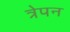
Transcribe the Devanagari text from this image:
त्रेपन